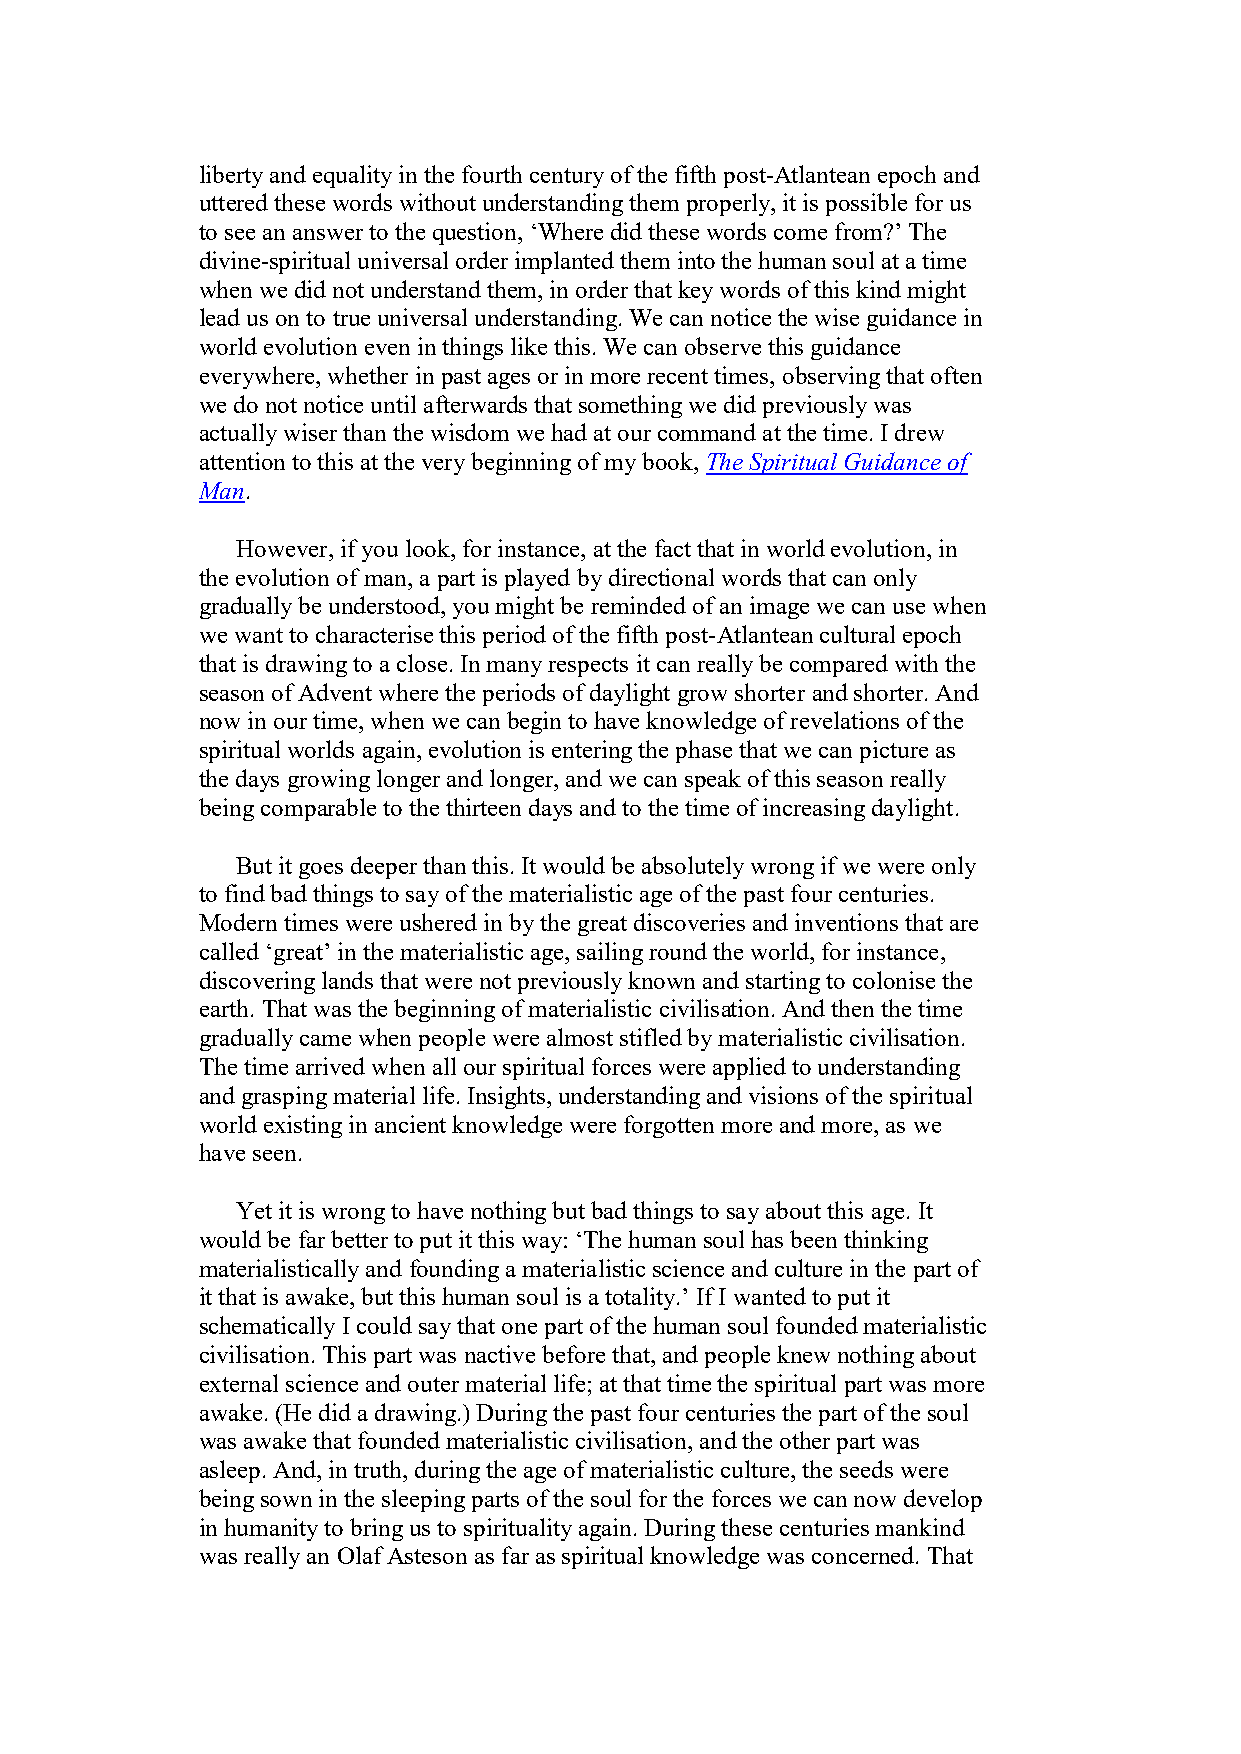
liberty and equality in the fourth century of the fifth post-Atlantean epoch and
 uttered these words without understanding them properly, it is possible for us
 to see an answer to the question, ‘Where did these words come from?’ The
 divine-spiritual universal order implanted them into the human soul at a time
 when we did not understand them, in order that key words of this kind might
 lead us on to true universal understanding. We can notice the wise guidance in
 world evolution even in things like this. We can observe this guidance
 everywhere, whether in past ages or in more recent times, observing that often
 we do not notice until afterwards that something we did previously was
 actually wiser than the wisdom we had at our command at the time. I drew
 attention to this at the very beginning of my book, The Spiritual Guidance of
 Man.
 However, if you look, for instance, at the fact that in world evolution, in
 the evolution of man, a part is played by directional words that can only
 gradually be understood, you might be reminded of an image we can use when
 we want to characterise this period of the fifth post-Atlantean cultural epoch
 that is drawing to a close. In many respects it can really be compared with the
 season of Advent where the periods of daylight grow shorter and shorter. And
 now in our time, when we can begin to have knowledge of revelations of the
 spiritual worlds again, evolution is entering the phase that we can picture as
 the days growing longer and longer, and we can speak of this season really
 being comparable to the thirteen days and to the time of increasing daylight.
 But it goes deeper than this. It would be absolutely wrong if we were only
 to find bad things to say of the materialistic age of the past four centuries.
 Modern times were ushered in by the great discoveries and inventions that are
 called ‘great’ in the materialistic age, sailing round the world, for instance,
 discovering lands that were not previously known and starting to colonise the
 earth. That was the beginning of materialistic civilisation. And then the time
 gradually came when people were almost stifled by materialistic civilisation.
 The time arrived when all our spiritual forces were applied to understanding
 and grasping material life. Insights, understanding and visions of the spiritual
 world existing in ancient knowledge were forgotten more and more, as we
 have seen.
 Yet it is wrong to have nothing but bad things to say about this age. It
 would be far better to put it this way: ‘The human soul has been thinking
 materialistically and founding a materialistic science and culture in the part of
 it that is awake, but this human soul is a totality.’ If I wanted to put it
 schematically I could say that one part of the human soul founded materialistic
 civilisation. This part was nactive before that, and people knew nothing about
 external science and outer material life; at that time the spiritual part was more
 awake. (He did a drawing.) During the past four centuries the part of the soul
 was awake that founded materialistic civilisation, and the other part was
 asleep. And, in truth, during the age of materialistic culture, the seeds were
 being sown in the sleeping parts of the soul for the forces we can now develop
 in humanity to bring us to spirituality again. During these centuries mankind
 was really an Olaf Asteson as far as spiritual knowledge was concerned. That